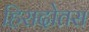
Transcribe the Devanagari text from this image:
हिरादोतस